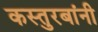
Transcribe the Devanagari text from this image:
कस्तुरबांनी